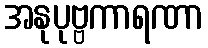
အနုပုဗ္ဗကာရဏာ